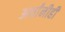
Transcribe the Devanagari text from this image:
अर्थांनीही